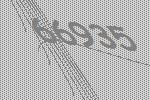
66935